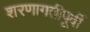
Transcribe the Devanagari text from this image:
शरणागतीपूर्वी